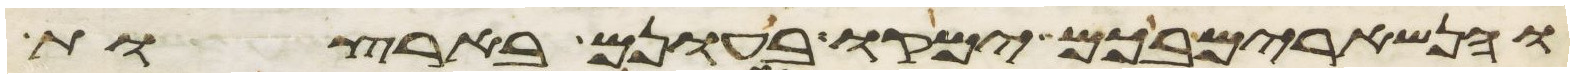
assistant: והנשארים בכם ימקו בעונם בארצות